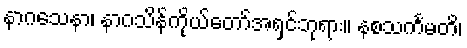
နာဂသေနာ၊ နာဂသိန်ကိုယ်တော်အရှင်ဘုရား။ နစသင်္ကမတိ၊